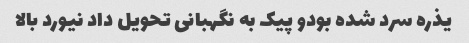
یذره سرد شده بودو پیک به نگهبانی تحویل داد نیورد بالا